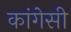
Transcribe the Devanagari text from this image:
कांगेसी